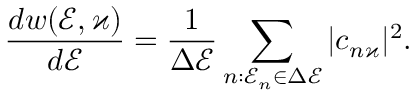
\frac { d w ( \mathcal { E } , \varkappa ) } { d \mathcal { E } } = \frac { 1 } { \Delta \mathcal { E } } \sum _ { n : \mathcal { E } _ { n } \in \Delta \mathcal { E } } | c _ { n \varkappa } | ^ { 2 } .